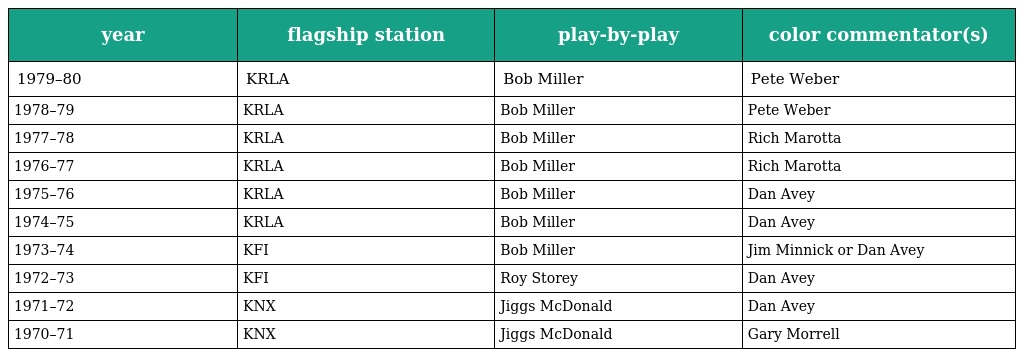
| year | flagship station | play-by-play | color commentator(s) |
 | --- | --- | --- | --- |
 | 1979–80 | KRLA | Bob Miller | Pete Weber |
 | 1978–79 | KRLA | Bob Miller | Pete Weber |
 | 1977–78 | KRLA | Bob Miller | Rich Marotta |
 | 1976–77 | KRLA | Bob Miller | Rich Marotta |
 | 1975–76 | KRLA | Bob Miller | Dan Avey |
 | 1974–75 | KRLA | Bob Miller | Dan Avey |
 | 1973–74 | KFI | Bob Miller | Jim Minnick or Dan Avey |
 | 1972–73 | KFI | Roy Storey | Dan Avey |
 | 1971–72 | KNX | Jiggs McDonald | Dan Avey |
 | 1970–71 | KNX | Jiggs McDonald | Gary Morrell |